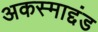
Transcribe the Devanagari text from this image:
अकस्माद्दंड